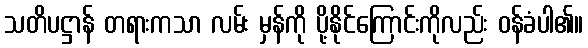
သတိပဋ္ဌာန် တရားကသာ လမ်း မှန်ကို ပို့နိုင်ကြောင်းကိုလည်း ဝန်ခံပါ၏။